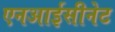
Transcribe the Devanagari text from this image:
एनआईसीनेट